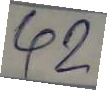
42